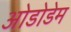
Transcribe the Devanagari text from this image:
ओडोडेम